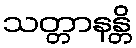
သတ္တာနန္တိ